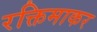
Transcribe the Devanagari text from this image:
रक्तिमाकर